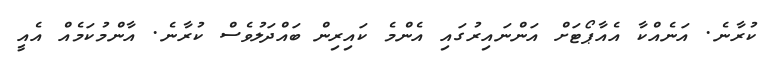
ކުރާނެ. އަނެއްކާ އެއާޕޯޓަށް އަންނައިރުގައި އެންމެ ކައިރިން ބައްދަލުވެސް ކުރާނެ. އާންމުކަމެއް އެއީ